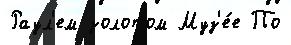
Раул'ем золотом Муз'е́е По